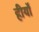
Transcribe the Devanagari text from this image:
हीर्यों